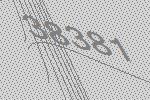
38381